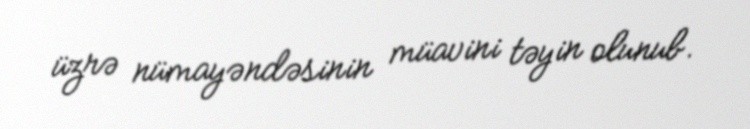
üzrə nümayəndəsinin müavini təyin olunub.